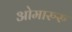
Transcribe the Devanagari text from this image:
ओमारुरु